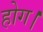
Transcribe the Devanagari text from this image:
होग।